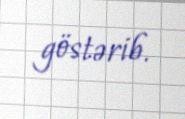
göstərib.